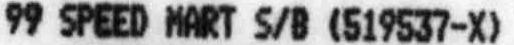
99 SPEED MART S/B (519537-X)